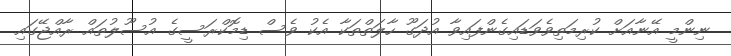
ނިންމީ އޭނާއަށް ކުރިމަތިވެވަޑައިގެންފައިވާ އުދަގޫ ހާލަތްތަކާ އެކު ވެސް ޑިމޮކްރަސީގެ އުސޫލުތައް ރާއްޖޭގައި